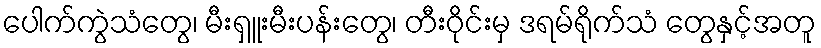
ပေါက်ကွဲသံတွေ၊ မီးရှူးမီးပန်းတွေ၊ တီးဝိုင်းမှ ဒရမ်ရိုက်သံ တွေနှင့်အတူ